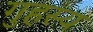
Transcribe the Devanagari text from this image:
गुहस्य